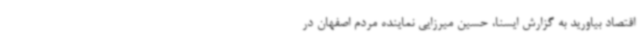
اقتصاد بیاورید به گزارش ایسنا، حسین میرزایی نماینده مردم اصفهان در